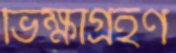
ভিক্ষাগ্রহণ